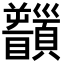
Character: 𩕻